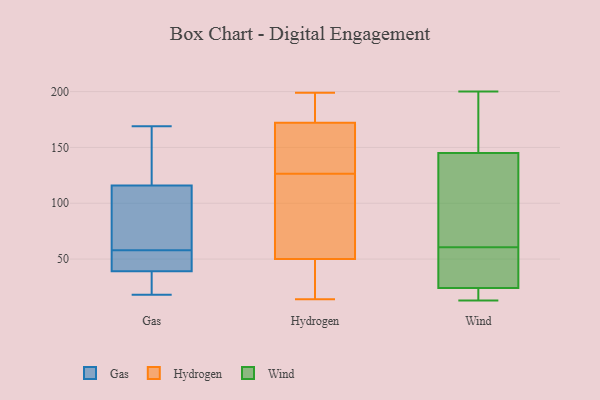
{"axis": {"x": "Tickets Resolved", "y": "Value"}, "legend": ["Gas", "Hydrogen", "Wind"], "data": [{"x": "", "y": 32, "type": "Gas"}, {"x": "", "y": 116, "type": "Gas"}, {"x": "", "y": 91, "type": "Gas"}, {"x": "", "y": 161, "type": "Gas"}, {"x": "", "y": 48, "type": "Gas"}, {"x": "", "y": 50, "type": "Gas"}, {"x": "", "y": 56, "type": "Gas"}, {"x": "", "y": 32, "type": "Gas"}, {"x": "", "y": 169, "type": "Gas"}, {"x": "", "y": 60, "type": "Gas"}, {"x": "", "y": 39, "type": "Gas"}, {"x": "", "y": 112, "type": "Gas"}, {"x": "", "y": 151, "type": "Gas"}, {"x": "", "y": 18, "type": "Gas"}, {"x": "", "y": 192, "type": "Hydrogen"}, {"x": "", "y": 32, "type": "Hydrogen"}, {"x": "", "y": 188, "type": "Hydrogen"}, {"x": "", "y": 93, "type": "Hydrogen"}, {"x": "", "y": 161, "type": "Hydrogen"}, {"x": "", "y": 172, "type": "Hydrogen"}, {"x": "", "y": 17, "type": "Hydrogen"}, {"x": "", "y": 83, "type": "Hydrogen"}, {"x": "", "y": 149, "type": "Hydrogen"}, {"x": "", "y": 140, "type": "Hydrogen"}, {"x": "", "y": 50, "type": "Hydrogen"}, {"x": "", "y": 94, "type": "Hydrogen"}, {"x": "", "y": 144, "type": "Hydrogen"}, {"x": "", "y": 199, "type": "Hydrogen"}, {"x": "", "y": 190, "type": "Hydrogen"}, {"x": "", "y": 113, "type": "Hydrogen"}, {"x": "", "y": 14, "type": "Hydrogen"}, {"x": "", "y": 42, "type": "Hydrogen"}, {"x": "", "y": 25, "type": "Wind"}, {"x": "", "y": 19, "type": "Wind"}, {"x": "", "y": 72, "type": "Wind"}, {"x": "", "y": 164, "type": "Wind"}, {"x": "", "y": 180, "type": "Wind"}, {"x": "", "y": 54, "type": "Wind"}, {"x": "", "y": 31, "type": "Wind"}, {"x": "", "y": 169, "type": "Wind"}, {"x": "", "y": 50, "type": "Wind"}, {"x": "", "y": 182, "type": "Wind"}, {"x": "", "y": 13, "type": "Wind"}, {"x": "", "y": 16, "type": "Wind"}, {"x": "", "y": 23, "type": "Wind"}, {"x": "", "y": 84, "type": "Wind"}, {"x": "", "y": 105, "type": "Wind"}, {"x": "", "y": 67, "type": "Wind"}, {"x": "", "y": 49, "type": "Wind"}, {"x": "", "y": 200, "type": "Wind"}, {"x": "", "y": 126, "type": "Wind"}, {"x": "", "y": 22, "type": "Wind"}]}